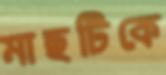
মাছটিকে